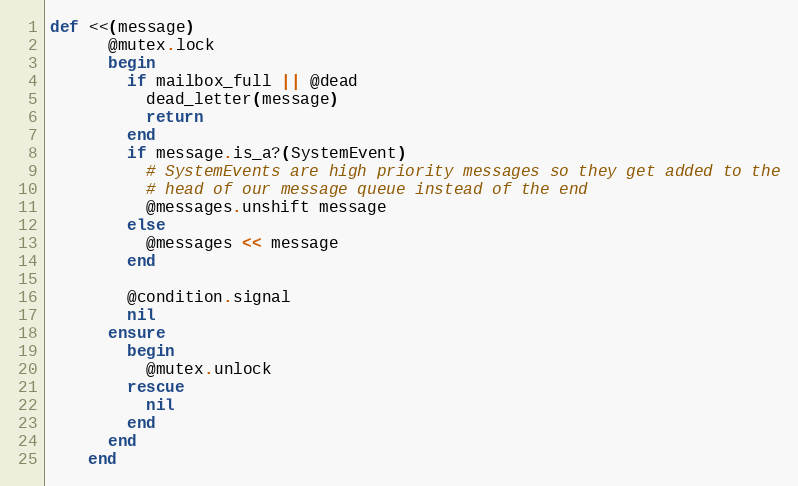
Language: Ruby
def <<(message)
      @mutex.lock
      begin
        if mailbox_full || @dead
          dead_letter(message)
          return
        end
        if message.is_a?(SystemEvent)
          # SystemEvents are high priority messages so they get added to the
          # head of our message queue instead of the end
          @messages.unshift message
        else
          @messages << message
        end

        @condition.signal
        nil
      ensure
        begin
          @mutex.unlock
        rescue
          nil
        end
      end
    end